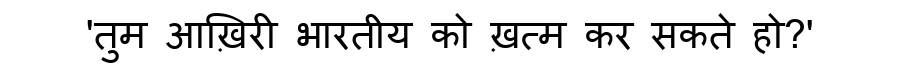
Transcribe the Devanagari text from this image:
'तुम आख़िरी भारतीय को ख़त्म कर सकते हो?'